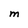
Character: M